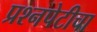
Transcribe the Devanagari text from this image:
प्रश्‍नपेटीचा